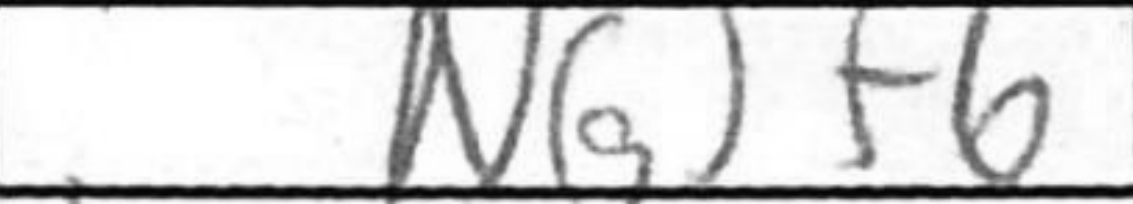
Transcription: Ng+6